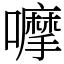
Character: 嚤